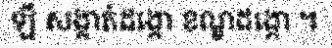
ឡី សង្កាត់ដង្កោ ខណ្ឌដង្កោ ។